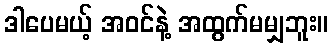
ဒါပေမယ့် အဝင်နဲ့ အထွက်မမျှဘူး။